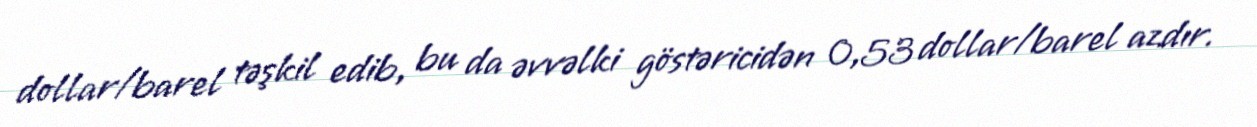
dollar/barel təşkil edib, bu da əvvəlki göstəricidən 0,53 dollar/barel azdır.